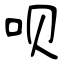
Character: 呗